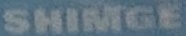
SHIMGE